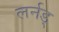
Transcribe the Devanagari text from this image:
लर्नड्